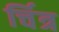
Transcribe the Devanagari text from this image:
र्चित्र